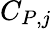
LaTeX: C_{P,j}